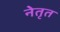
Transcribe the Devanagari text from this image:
नेतृत